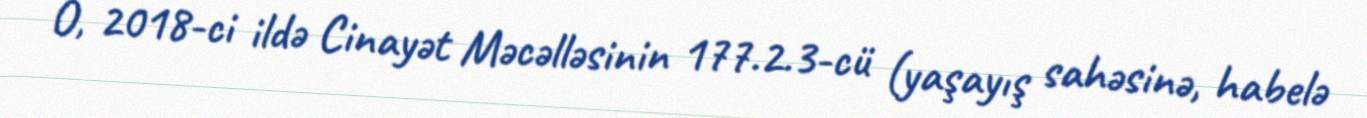
O, 2018-ci ildə Cinayət Məcəlləsinin 177.2.3-cü (yaşayış sahəsinə, habelə